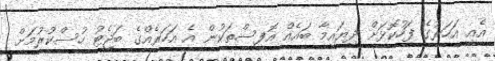
އެއީ އަހަރުގެ ފަހުކޮޅަށް ދިޔައިމާ ބައެއް އޮފީސްތަކުން އެ އަހަރެއްގެ ބަޖެޓު ހުސްކުރުމަށް